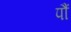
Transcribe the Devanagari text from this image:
पौं